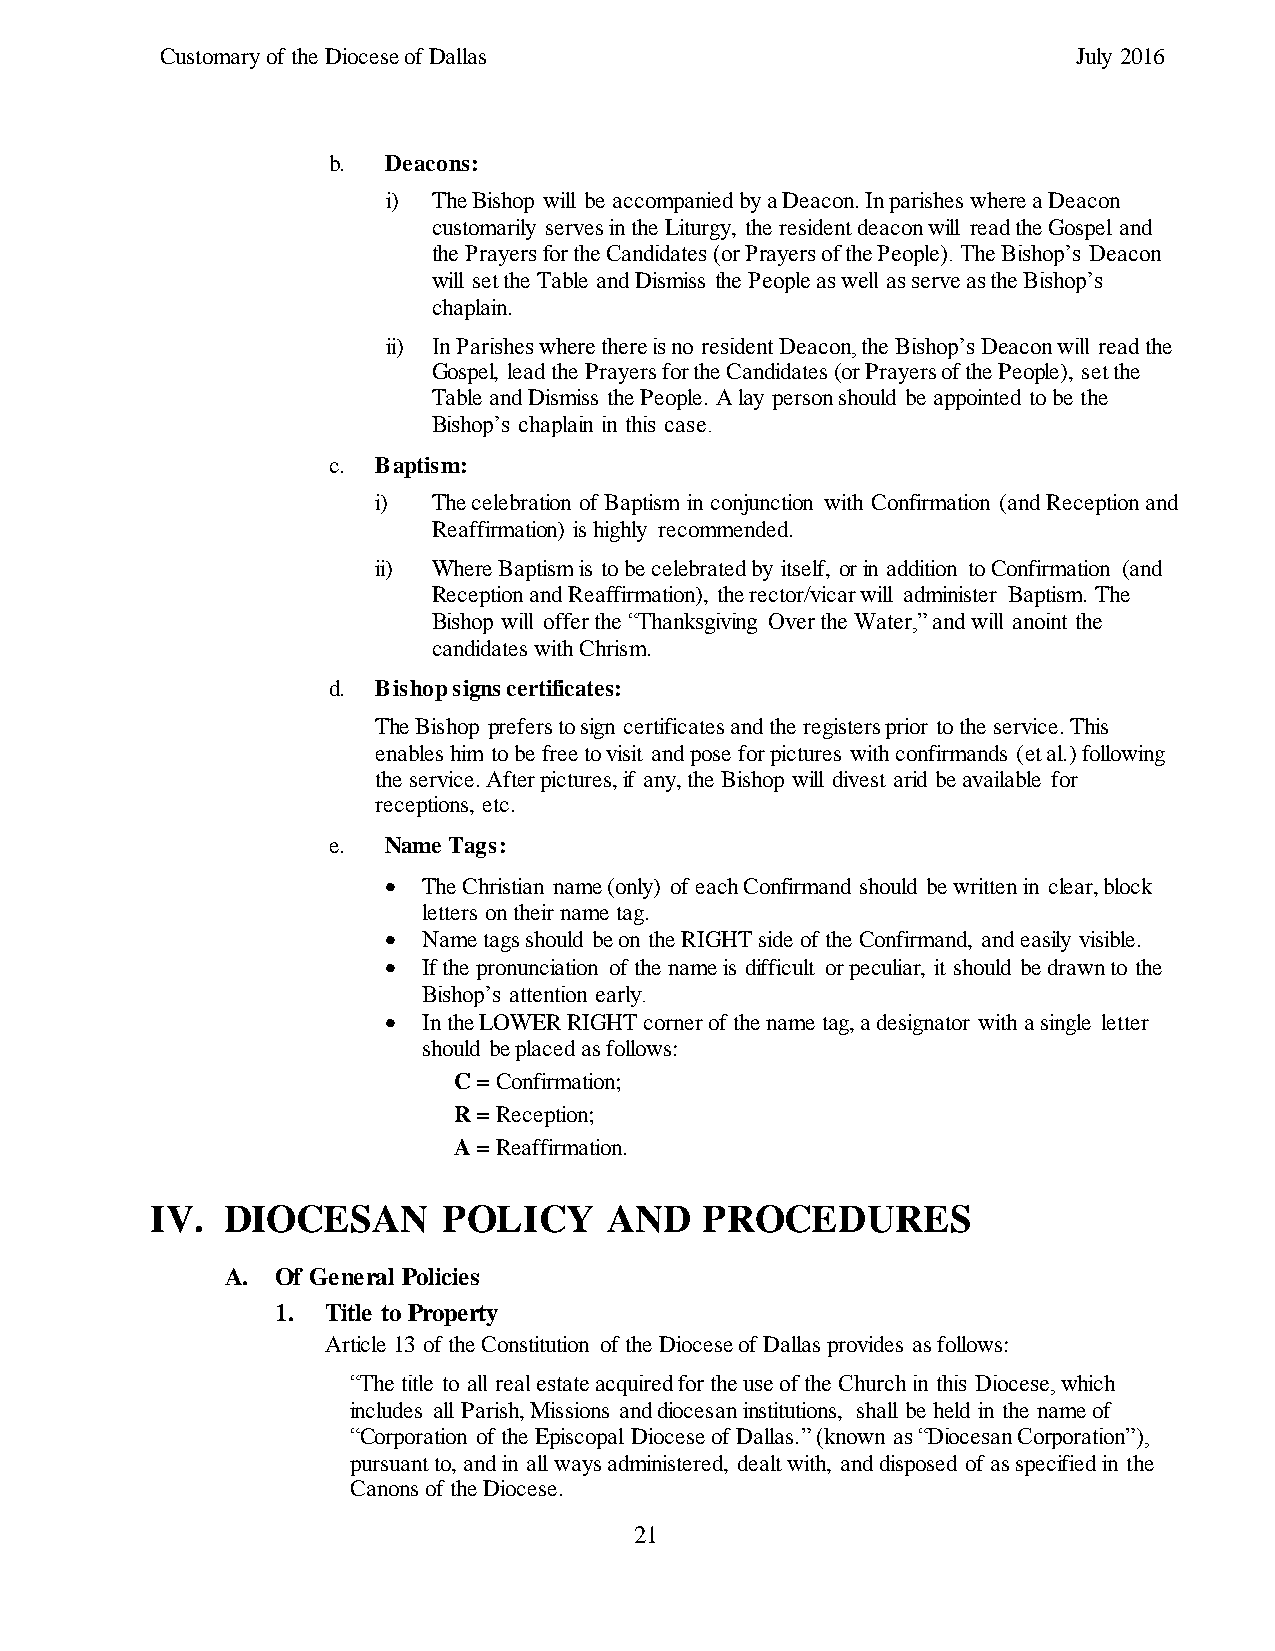
Customary of the Diocese of Dallas                          July 2016
 b. Deacons:
 i) The Bishop will be accompanied by a Deacon. In parishes where a Deacon
 customarily serves in the Liturgy, the resident deacon will read the Gospel and
 the Prayers for the Candidates (or Prayers of the People). The Bishop’s Deacon
 will set the Table and Dismiss the People as well as serve as the Bishop’s
 chaplain.
 ii) In Parishes where there is no resident Deacon, the Bishop’s Deacon will read the
 Gospel, lead the Prayers for the Candidates (or Prayers of the People), set the
 Table and Dismiss the People. A lay person should be appointed to be the
 Bishop’s chaplain in this case.
 c. Baptism:
 i)  The celebration of Baptism in conjunction with Confirmation (and Reception and
 Reaffirmation) is highly recommended.
 ii) Where Baptism is to be celebrated by itself, or in addition to Confirmation (and
 Reception and Reaffirmation), the rector/vicar will administer Baptism. The
 Bishop will offer the “Thanksgiving Over the Water,” and will anoint the
 candidates with Chrism.
 d. Bishop signs certificates:
 The Bishop prefers to sign certificates and the registers prior to the service. This
 enables him to be free to visit and pose for pictures with confirmands (et al.) following
 the service. After pictures, if any, the Bishop will divest arid be available for
 receptions, etc.
 e. Name Tags:
   The Christian name (only) of each Confirmand should be written in clear, block
 letters on their name tag.
   Name tags should be on the RIGHT side of the Confirmand, and easily visible.
   If the pronunciation of the name is difficult or peculiar, it should be drawn to the
 Bishop’s attention early.
   In the LOWER RIGHT corner of the name tag, a designator with a single letter
 should be placed as follows:
 C = Confirmation;
 R = Reception;
 A = Reaffirmation.
 IV.  DIOCESAN      POLICY     AND    PROCEDURES
 A. Of General Policies
 1.  Title to Property
 Article 13 of the Constitution of the Diocese of Dallas provides as follows:
 “The title to all real estate acquired for the use of the Church in this Diocese, which
 includes all Parish, Missions and diocesan institutions, shall be held in the name of
 “Corporation of the Episcopal Diocese of Dallas.” (known as “Diocesan Corporation”),
 pursuant to, and in all ways administered, dealt with, and disposed of as specified in the
 Canons of the Diocese.
 21